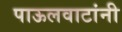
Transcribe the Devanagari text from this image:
पाऊलवाटांनी